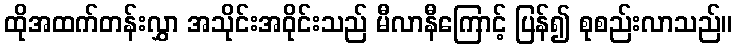
ထိုအထက်တန်းလွှာ အသိုင်းအဝိုင်းသည် မီလာနီကြောင့် ပြန်၍ စုစည်းလာသည်။